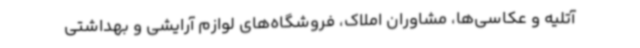
آتلیه و عکاسی‌ها، مشاوران املاک، فروشگاه‌های لوازم آرایشی و بهداشتی